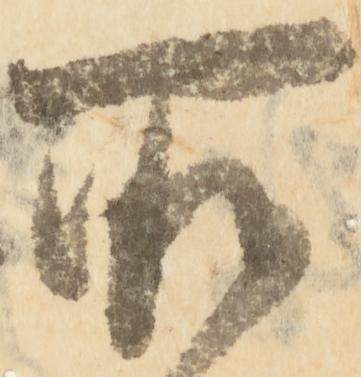
所